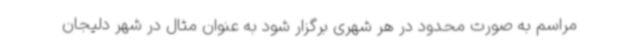
مراسم به صورت محدود در هر شهری برگزار شود به عنوان مثال در شهر دلیجان